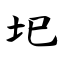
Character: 圯